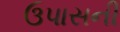
ઉપાસની